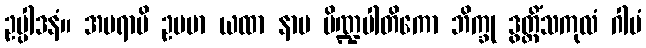
ဥပ္ပါဒနံ။ အပရာပိ ဥပမာ ယထာ နာမ ပိဏ္ဍပါတိကော ဘိက္ခု ဒွတ္တိံသကုလံ ဂါမံ